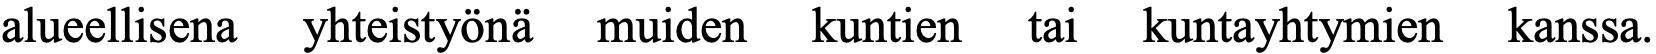
alueellisena yhteistyönä muiden kuntien tai kuntayhtymien kanssa.